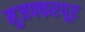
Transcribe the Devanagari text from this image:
मुजफ्फरपूर